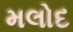
મલોદ